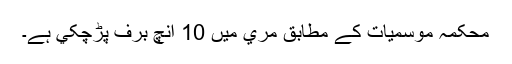
محکمہ موسميات کے مطابق مري ميں 10 انچ برف پڑچکي ہے۔